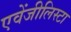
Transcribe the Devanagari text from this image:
एवेंजीलिस्टा